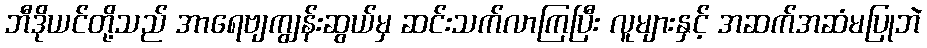
ဘီဒိုယင်တို့သည် အာရေဗျကျွန်းဆွယ်မှ ဆင်းသက်လာကြပြီး လူများနှင့် အဆက်အဆံမပြုဘဲ